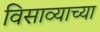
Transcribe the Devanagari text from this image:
विसाव्याच्या